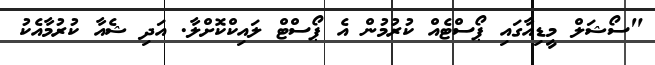
"ސޯޝަލް މީޑިއާގައި ޕޯސްޓެއް ކުރުމުން އެެ ޕޯސްޓް ލައިކްކޮށްލާ. އަދި ޝެއާ ކުރުމާއެކު